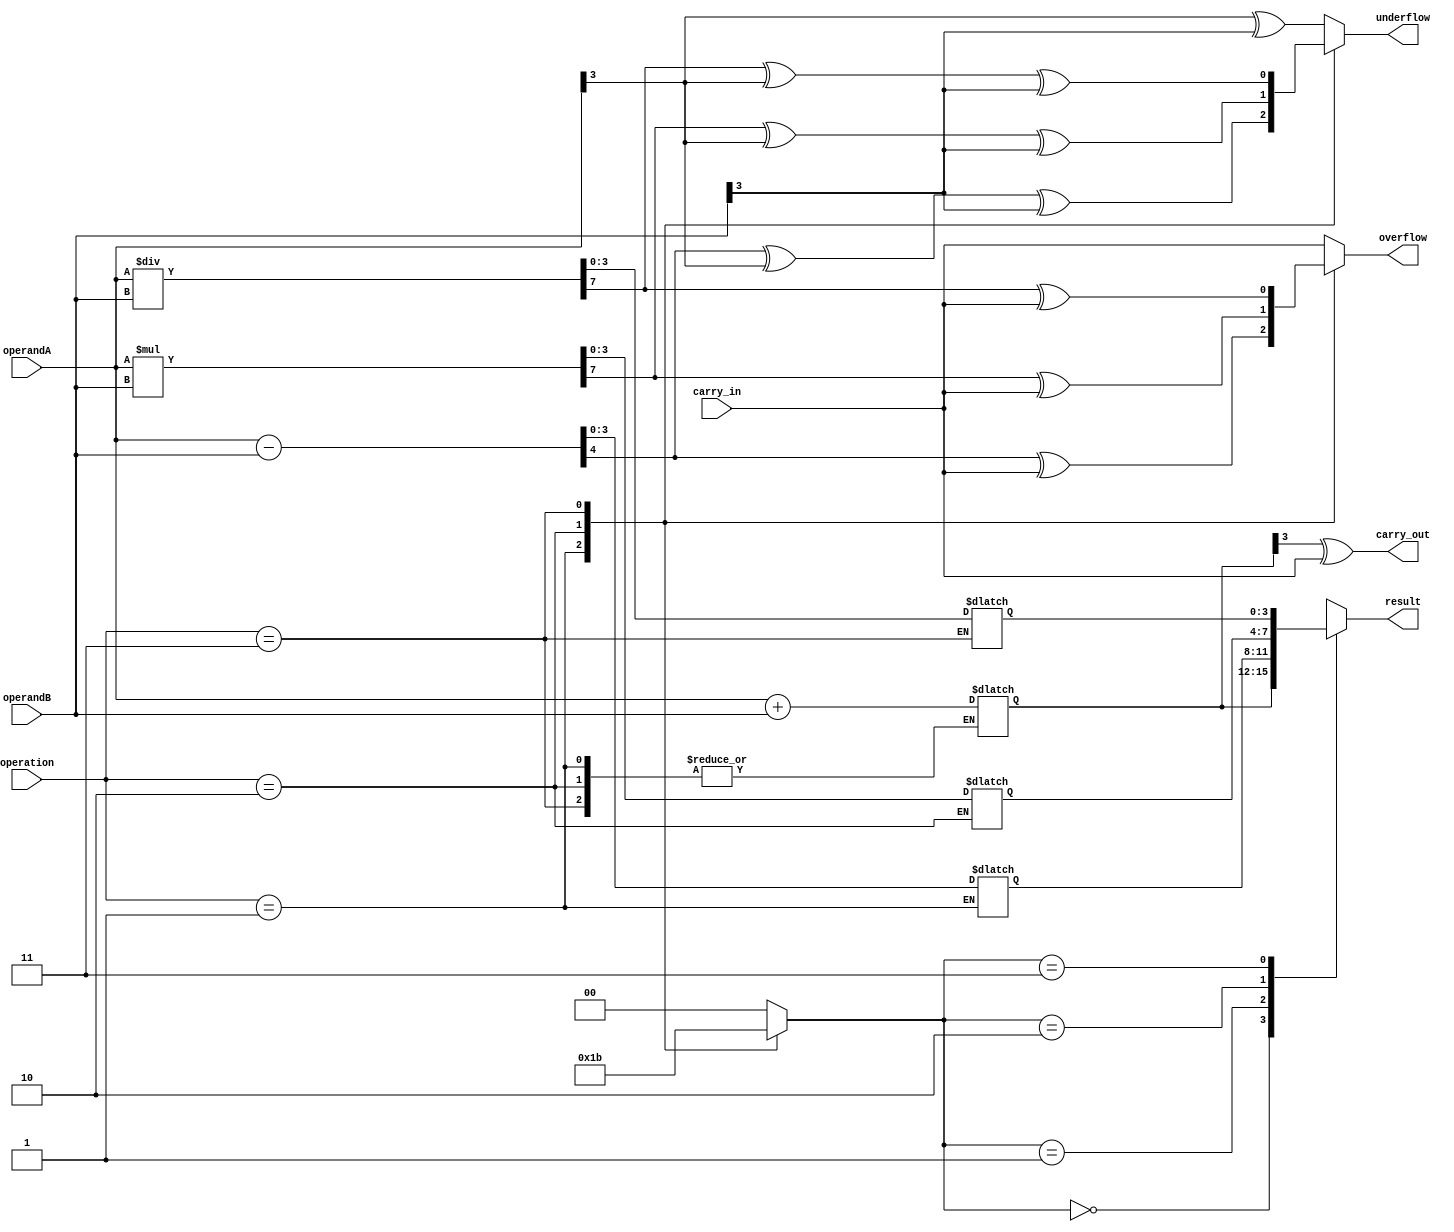
module ALU (
    input [3:0] operandA,
    input [3:0] operandB,
    input [2:0] operation,
    input carry_in,
    output [3:0] result,
    output overflow,
    output underflow,
    output carry_out
);

// Arithmetic blocks
reg [7:0] sum;
reg [7:0] difference;
reg [7:0] product;
reg [7:0] quotient;
reg [3:0] remainder;

// Control signals
reg [1:0] operation_result;

// Overflow and underflow conditions
reg [7:0] temp_result;
reg overflow, underflow;

// Arithmetic operations
always @(*)
begin
    case (operation)
        3'b000: begin // Addition
            sum = operandA + operandB;
            overflow = sum[7] ^ carry_in;
            underflow = sum[7] ^ operandA[3] ^ operandB[3];
            operation_result = 2'b00;
        end
        3'b001: begin // Subtraction
            difference = operandA - operandB;
            overflow = difference[7] ^ carry_in;
            underflow = difference[7] ^ operandA[3] ^ operandB[3];
            operation_result = 2'b01;
        end
        3'b010: begin // Multiplication
            product = operandA * operandB;
            overflow = product[7] ^ carry_in;
            underflow = product[7] ^ operandA[3] ^ operandB[3];
            operation_result = 2'b10;
        end
        3'b011: begin // Division
            quotient = operandA / operandB;
            remainder = operandA % operandB;
            overflow = quotient[7] ^ carry_in;
            underflow = quotient[7] ^ operandA[3] ^ operandB[3];
            operation_result = 2'b11;
        end
        default: begin
            sum = operandA + operandB;
            overflow = sum[7] ^ carry_in;
            underflow = sum[7] ^ operandA[3] ^ operandB[3];
            operation_result = 2'b00;
        end
    endcase
end

// Output selection
always @(*)
begin
    case (operation_result)
        2'b00: result = sum[3:0];
        2'b01: result = difference[3:0];
        2'b10: result = product[3:0];
        2'b11: result = quotient[3:0];
        default: result = sum[3:0];
    endcase
end

// Carry out logic
assign carry_out = sum[3] ^ carry_in;

endmodule